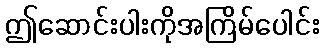
ဤဆောင်းပါးကိုအကြိမ်ပေါင်း